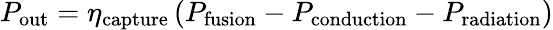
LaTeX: P_{\mathrm{out}}=\eta_{\mathrm{capture}}\left(P_{\mathrm{fusion}}-P_{\mathrm{conduction}}-P_{\mathrm{radiation}}\right)